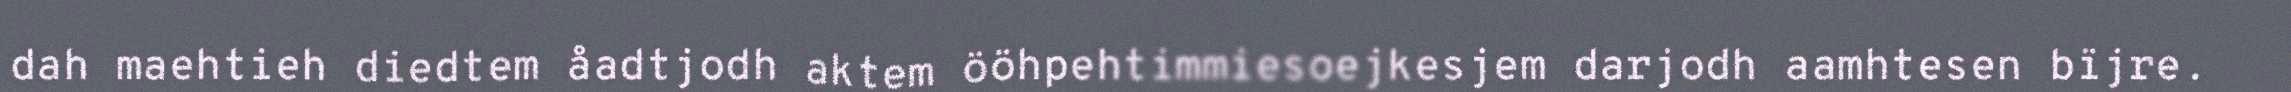
dah maehtieh diedtem åadtjodh aktem ööhpehtimmiesoejkesjem darjodh aamhtesen bïjre.